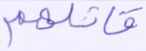
قاتلهم